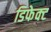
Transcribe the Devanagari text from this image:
डिफेक्‍ट